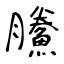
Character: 鰧